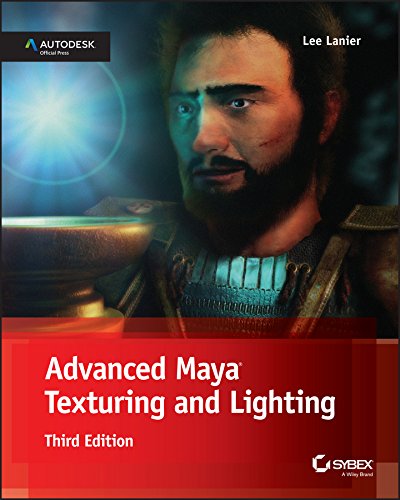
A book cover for Advanced Maya Texturing and Lighting; Lee Lanier; Computers & Technology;